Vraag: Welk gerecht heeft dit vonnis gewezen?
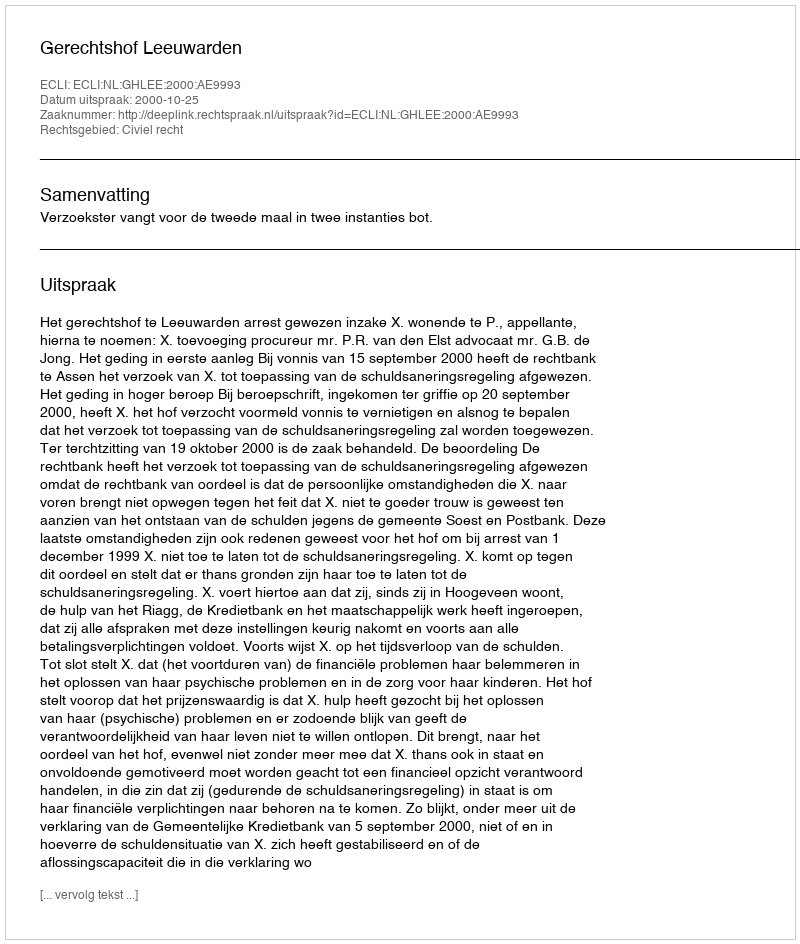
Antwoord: Gerechtshof Leeuwarden